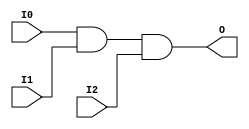
module AND3 (O, I0, I1, I2);

    output O;

    input  I0, I1, I2;

    and A1 (O, I0, I1, I2);


endmodule